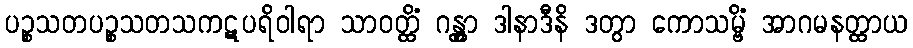
ပဉ္စသတပဉ္စသတသကဋပရိဝါရာ သာဝတ္ထိံ ဂန္တွာ ဒါနာဒီနိ ဒတွာ ကောသမ္ဗိံ အာဂမနတ္ထာယ